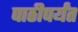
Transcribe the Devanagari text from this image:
पाठीपर्यंत